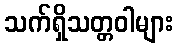
သက်ရှိသတ္တဝါများ